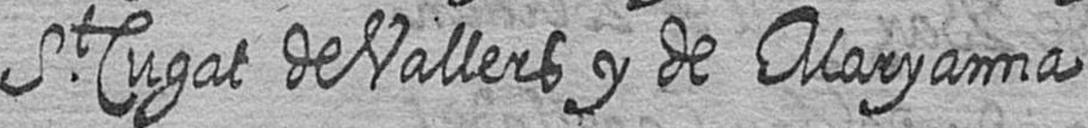
St Cugat de Vallers y de Maryanna